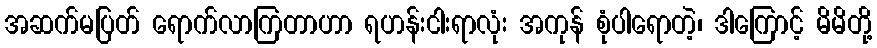
အဆက်မပြတ် ရောက်လာကြတာဟာ ရဟန်းငါးရာလုံး အကုန် စုံပါရောတဲ့၊ ဒါကြောင့် မိမိတို့